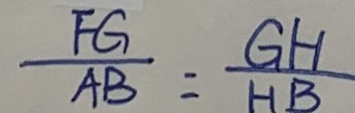
\frac { F G } { A B } = \frac { G H } { H B }